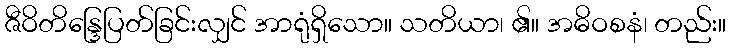
ဇီဝိတိန္ဒြေပြတ်ခြင်းလျှင် အာရုံရှိသော။ သတိယာ၊ ၏။ အဓိဝစနံ၊ တည်း။